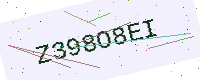
Text: Z398O8EI